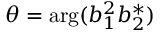
\theta = \arg ( b _ { 1 } ^ { 2 } b _ { 2 } ^ { * } )